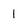
Character: 1